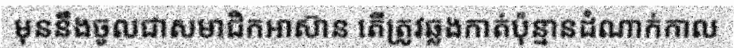
មុននឹងចូលជាសមាជិកអាស៊ាន តើត្រូវឆ្លងកាត់ប៉ុន្មានដំណាក់កាល